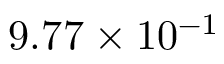
9 . 7 7 \times 1 0 ^ { - 1 }